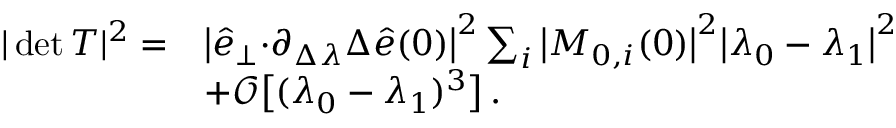
\begin{array} { r l } { \vert \operatorname* { d e t } T \vert ^ { 2 } = } & { { \big \vert \hat { e } _ { \perp } { \cdot } \partial _ { \Delta \lambda } \Delta \hat { e } ( 0 ) \big \vert ^ { 2 } \sum _ { i } \big \vert M _ { 0 , i } ( 0 ) \big \vert ^ { 2 } } \big \vert \lambda _ { 0 } - \lambda _ { 1 } \big \vert ^ { 2 } } \\ & { + \mathcal { O } \big [ ( \lambda _ { 0 } - \lambda _ { 1 } ) ^ { 3 } \big ] \, . } \end{array}